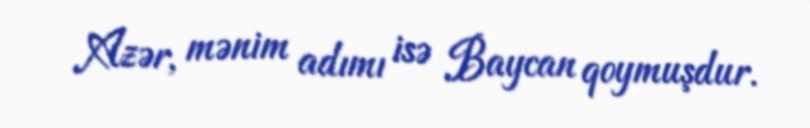
Azər, mənim adımı isə Baycan qoymuşdur.